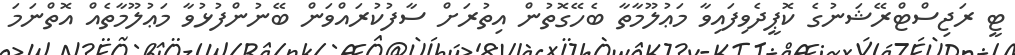
ޓީ ރަޖިސްޓްރޭޝަނުގެ ކޮޕީދެވިފައިވާ މަޢުލޫމާތާ ބެހޭގޮތުން އިތުރަށް ސާފުކުރައްވަން ބޭނުންފުޅުވާ މަޢުލޫމާތެއް އޮތްނަމަ